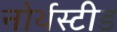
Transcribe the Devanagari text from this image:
नोर्थस्टीड